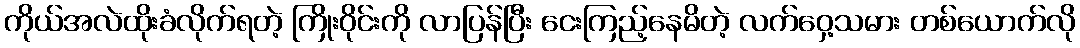
ကိုယ်အလဲထိုးခံလိုက်ရတဲ့ ကြိုးဝိုင်းကို လာပြန်ပြီး ငေးကြည့်နေမိတဲ့ လက်ဝှေ့သမား တစ်ယောက်လို